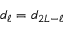
d _ { \ell } = d _ { 2 L - \ell }